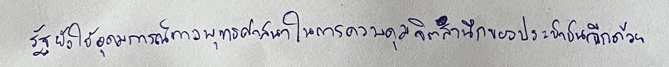
รัฐยังใช้อุดมการณ์ทางพุทธศาสนาในการควบคุมจิตสำนึกของประชาชนอีกด้วย